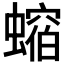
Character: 𧑲